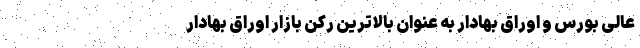
عالی بورس و اوراق بهادار به عنوان بالاترین رکن بازار اوراق بهادار